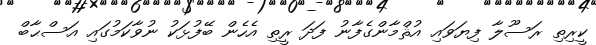
ކީރިތި ރަސޫލާ ފިޔަވައި އުޘްމާންގެފާނު ފަދަ ރީތި އެހެން ބޭފުޅަކު ނުވާކަމުގައި އަސްޙާބް